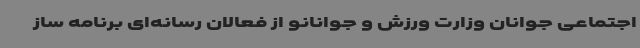
اجتماعی جوانان وزارت ورزش و جوانانو از فعالان رسانه‌ای برنامه ساز